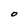
Character: O